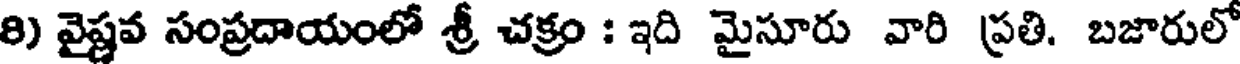
8) వైష్ణవ సంప్రదాయంలో శ్రీ చక్రం : ఇది మైసూరు వారి ప్రతి. బజారులో